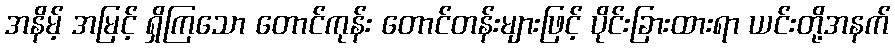
အနိမ့် အမြင့် ရှိကြသော တောင်ကုန်း တောင်တန်းများဖြင့် ပိုင်းခြားထားရာ ယင်းတို့အနက်